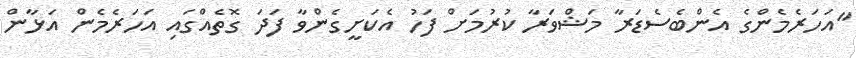
"އަހަރެމެންގެ އެންބެސެޑަރާ މަޝްވަރާ ކުރުމަށް ފަހު އެކަށީގެންވާ ފަދަ ގޮތެއްގައި އަހަރެމެން އަޅާން